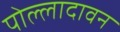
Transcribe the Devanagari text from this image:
पोल्लादावन